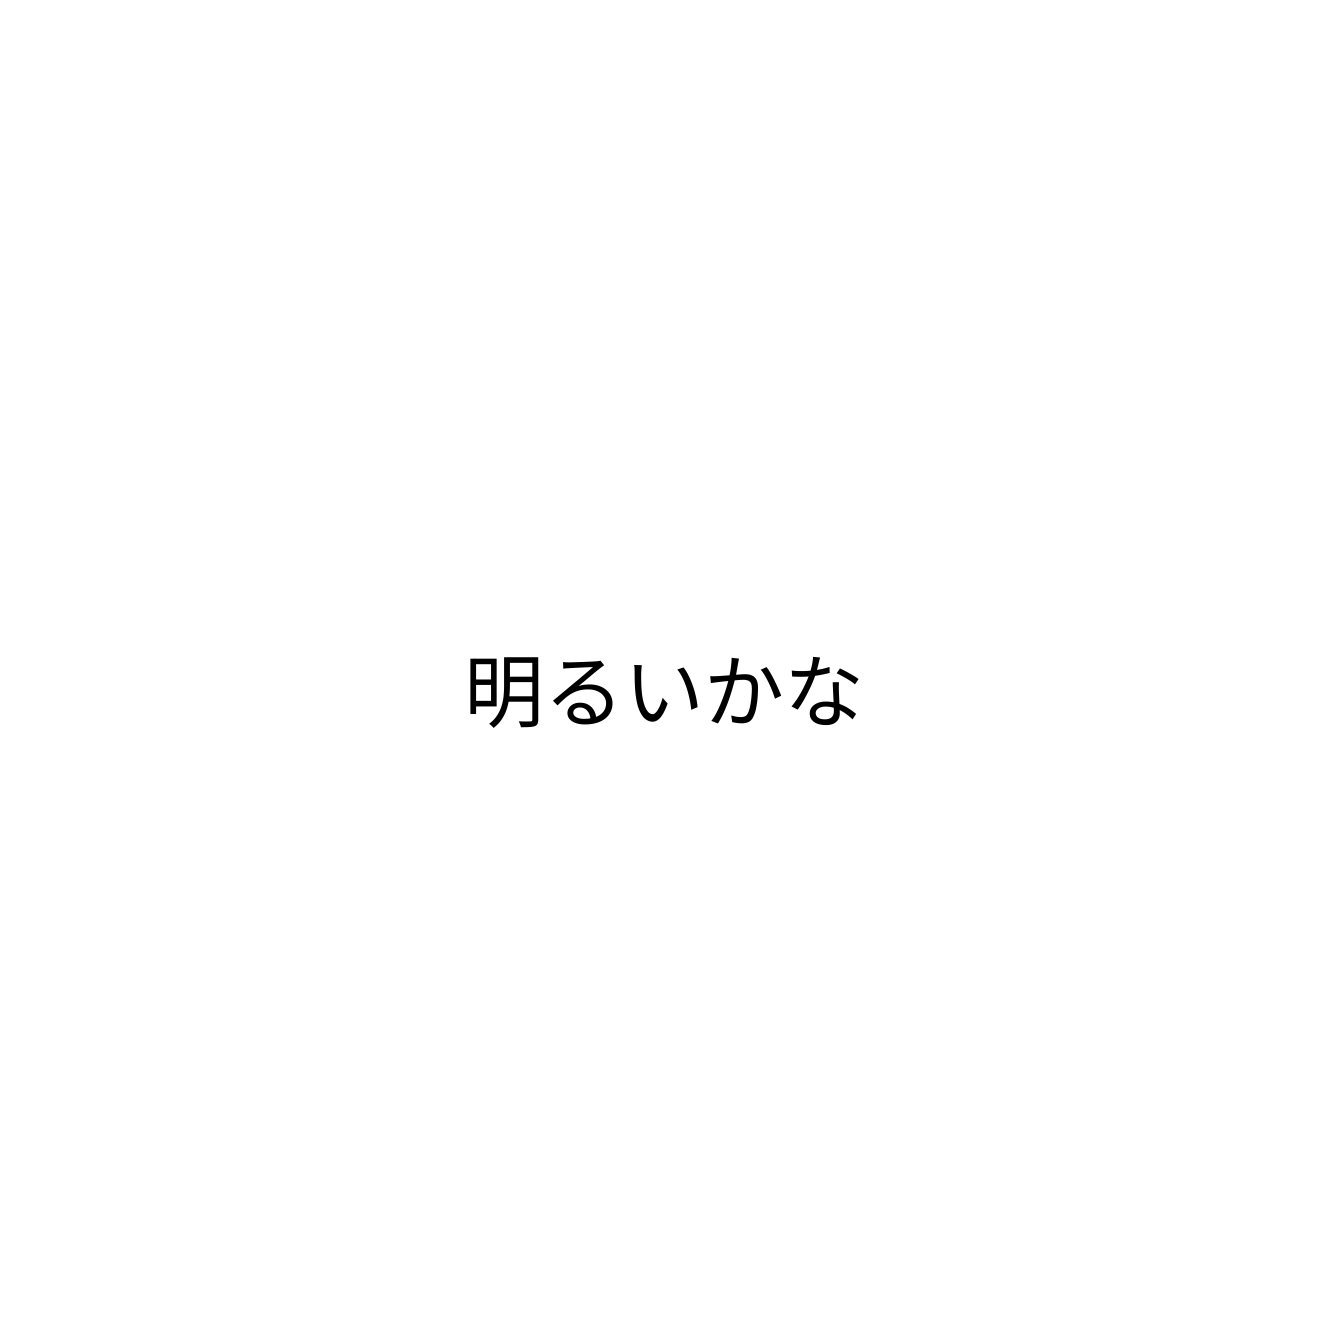
明るいかな